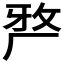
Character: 𭆆